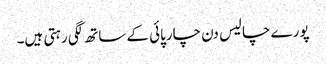
پورے چالیس دن چارپائی کے ساتھ لگی رہتی ہیں۔